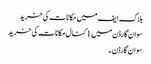
بلاک ایف میں مکانات کی خرید
سوان گارڈن میں 1 کنال مکانات کی خرید
سوان گارڈن ۔